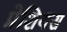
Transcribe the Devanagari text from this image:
प्रेशियस